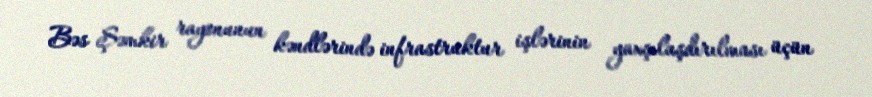
Bəs Şəmkir rayonunun kəndlərində infrastruktur işlərinin yaxşılaşdırılması üçün